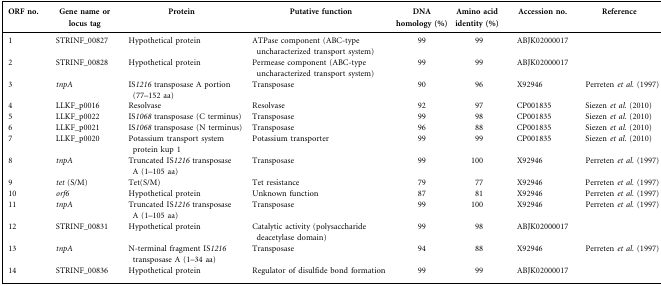
| ORF no. | Gene name or locus tag | Protein | Putative function | DNA homology (%) | Amino acid identity (%) | Accession no. | Reference |
 | --- | --- | --- | --- | --- | --- | --- | --- |
 | 1 | STRINF_00827 | Hypothetical protein | ATPase component (ABC-type uncharacterized transport system) | 99 | 99 | ABJK02000017 |  |
 | 2 | STRINF_00828 | Hypothetical protein | Permease component (ABC-type uncharacterized transport system) | 99 | 99 | ABJK02000017 |  |
 | 3 | tnpA | IS1216 transposase A portion (77–152 aa) | Transposase | 90 | 96 | X92946 | Perreten et al. (1997) |
 | 4 | LLKF_p0016 | Resolvase | Resolvase | 92 | 97 | CP001835 | Siezen et al. (2010) |
 | 5 | LLKF_p0022 | IS1068 transposase (C terminus) | Transposase | 99 | 98 | CP001835 | Siezen et al. (2010) |
 | 6 | LLKF_p0021 | IS1068 transposase (N terminus) | Transposase | 96 | 88 | CP001835 | Siezen et al. (2010) |
 | 7 | LLKF_p0020 | Potassium transport system protein kup 1 | Potassium transporter | 99 | 99 | CP001835 | Siezen et al. (2010) |
 | 8 | tnpA | Truncated IS1216 transposase A (1–105 aa) | Transposase | 99 | 100 | X92946 | Perreten et al. (1997) |
 | 9 | tet (S/M) | Tet(S/M) | Tet resistance | 79 | 77 | X92946 | Perreten et al. (1997) |
 | 10 | orf6 | Hypothetical protein | Unknown function | 87 | 81 | X92946 | Perreten et al. (1997) |
 | 11 | tnpA | Truncated IS1216 transposase A (1–105 aa) | Transposase | 99 | 100 | X92946 | Perreten et al. (1997) |
 | 12 | STRINF_00831 | Hypothetical protein | Catalytic activity (polysaccharide deacetylase domain) | 99 | 98 | ABJK02000017 |  |
 | 13 | tnpA | N-terminal fragment IS1216 transposase A (1–34 aa) | Transposase | 94 | 88 | X92946 | Perreten et al. (1997) |
 | 14 | STRINF_00836 | Hypothetical protein | Regulator of disulfide bond formation | 99 | 99 | ABJK02000017 |  |